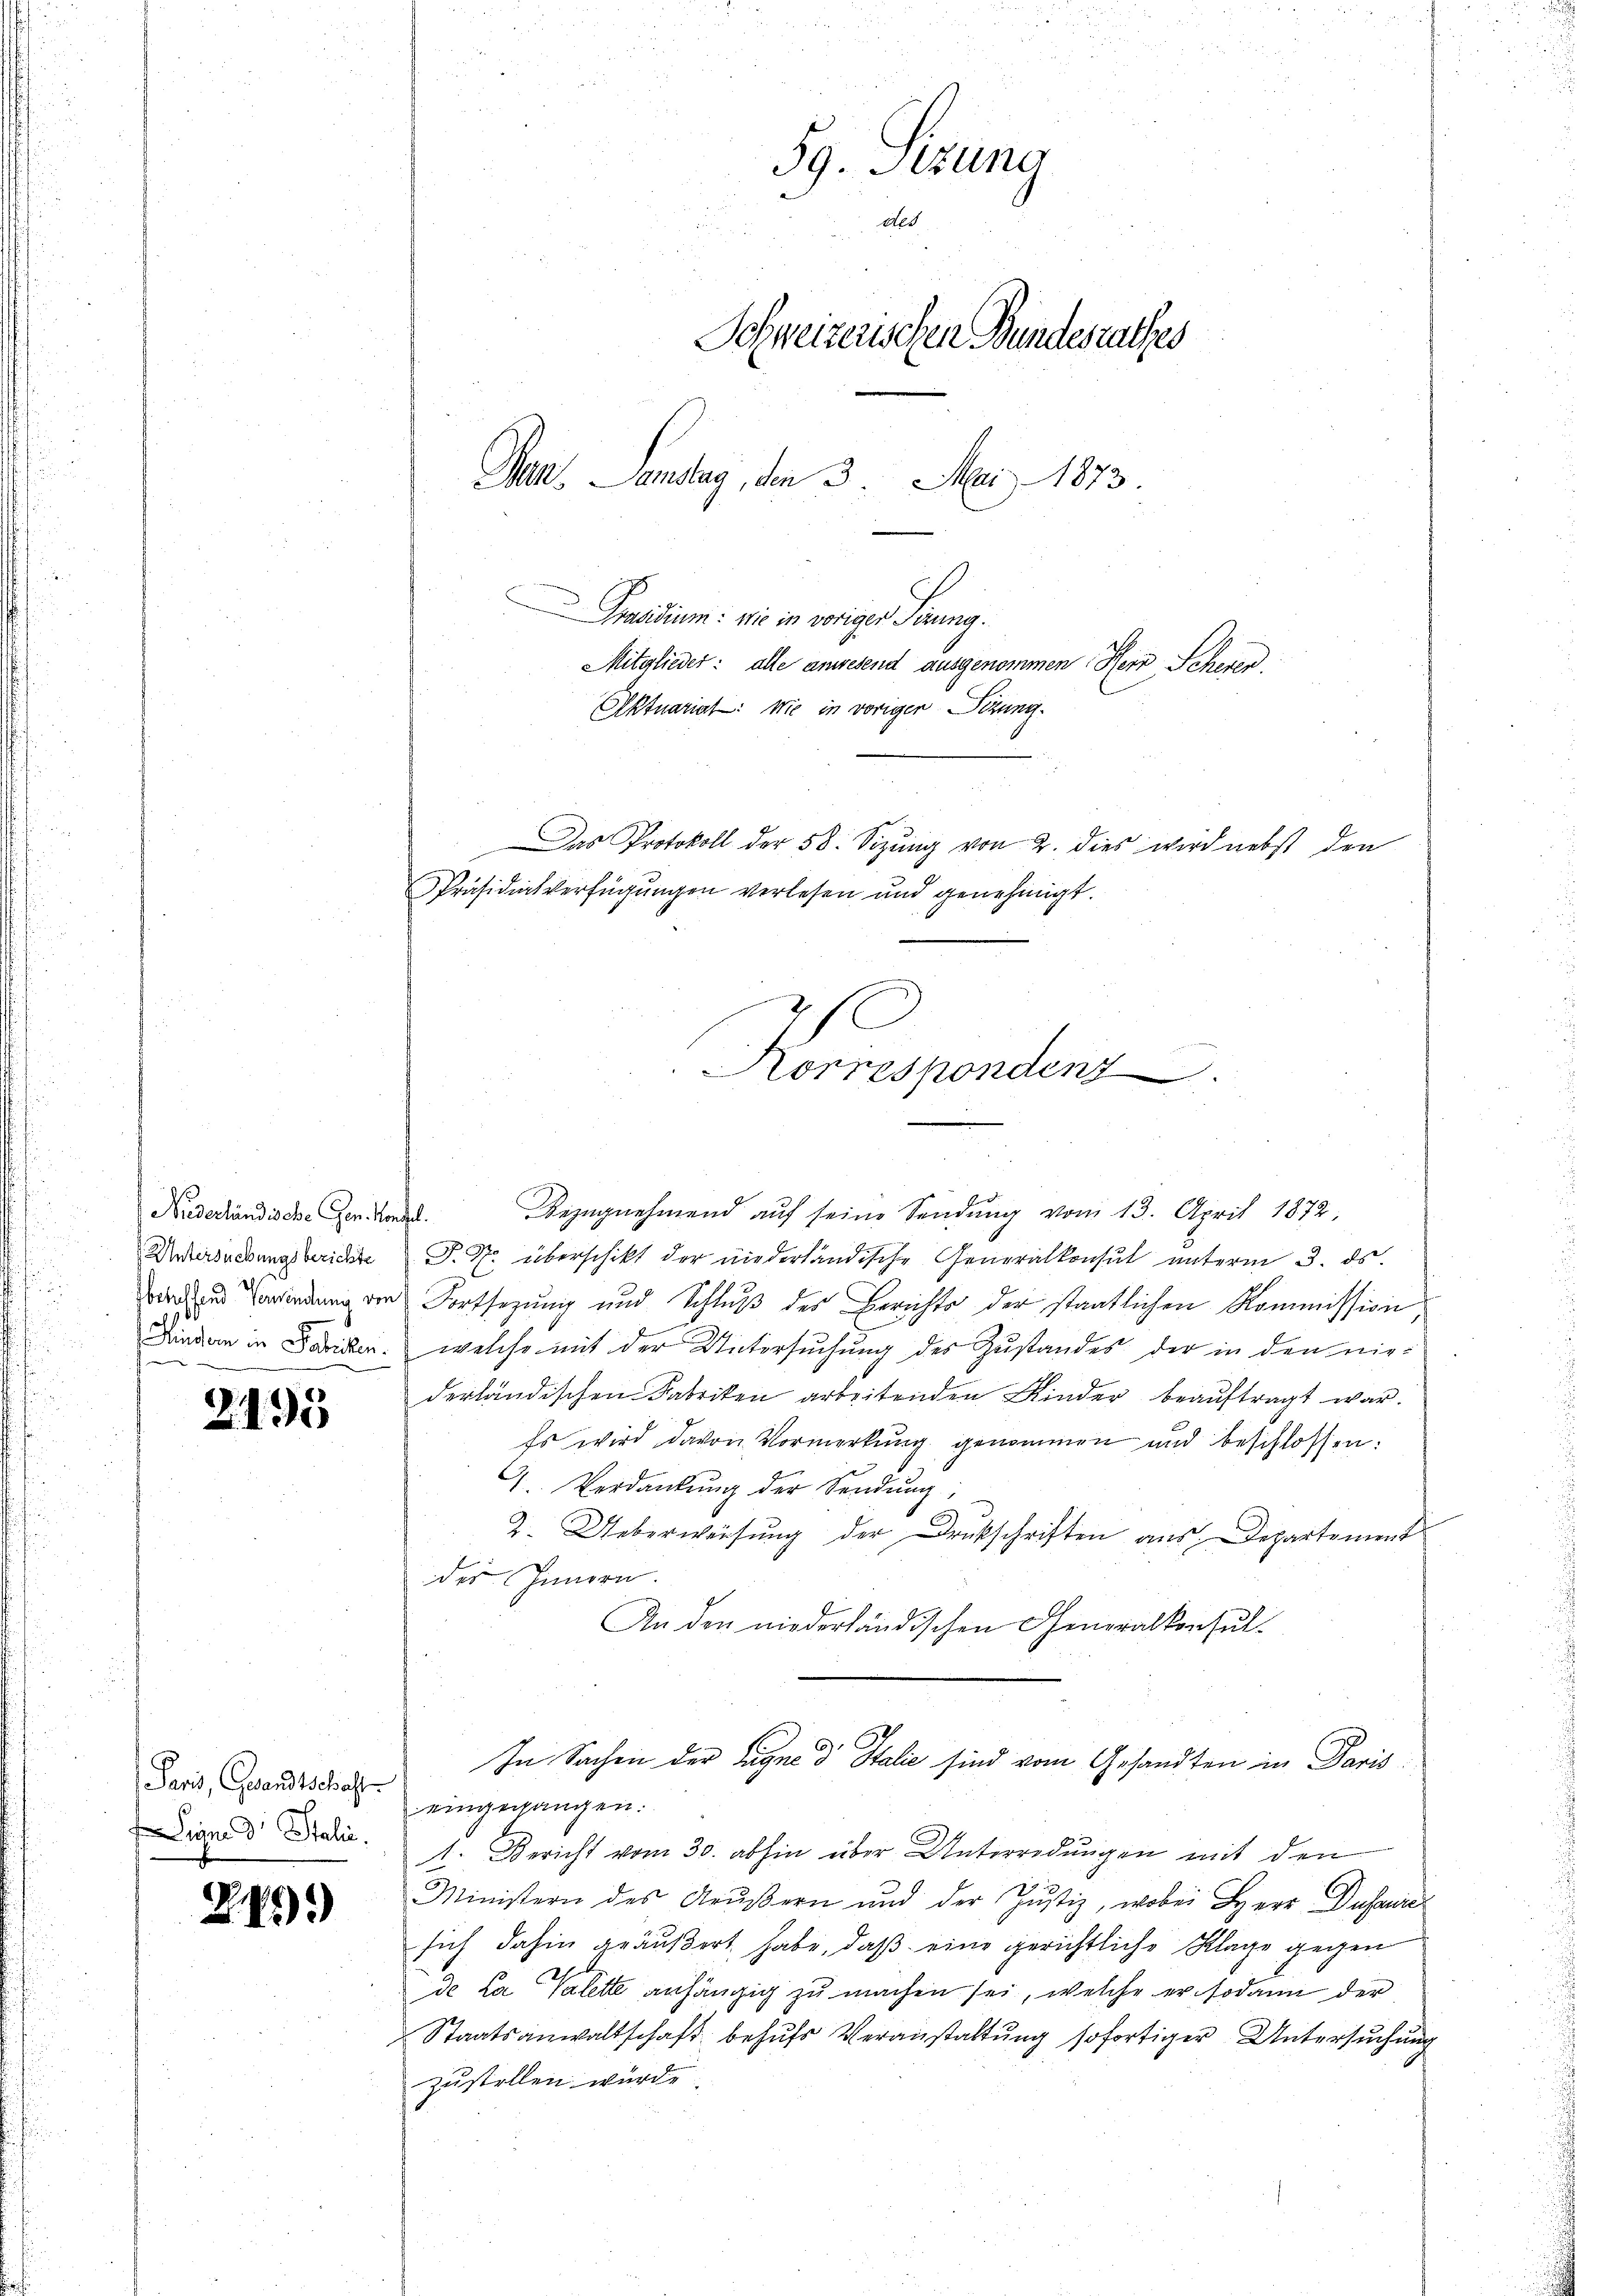
Niderländische Gen. Konfel.

2195

Signe d. Stalić.

245)*)

59. Sitzung
des
Schweizerischen Bundesrathes
Jan, Landtag, den 3 Mai 1873.

Das Protokoll der 58. Sizung von 2. dies wird nebst den
Präsidialverfügungen verlesen und genehmigt.
Korrespondenz

Praesidium: wie in voriger Sirung.
Mitglieder: alle anwesend ausgenommen. Herr Scheren.
Aktuariat: wie in vorigen Sizung.

Bezugnehmend auf seine Sendung vom 13. April 1872,
Untersuchungsberichte P. Nr. überschikt der niederländische Generalkonsul unterm 3. ds.
worden wirdung der Fortsezung und Schluß der Berichts der staatlichen Kommission,
inden in Fabricken, welche mit der Untersuchung des Zustandes der in den niederländischen Fabriken arbeitenden Kinder beaŭftragt war.
Es wird davon Vormerkung genommen und beschlossen:
I. Verdankung der Sendung,
2. Ueberweisŭng der Drukschriften aŭs Departement
des Innern.
An den niederländischen Generalkonsul-
In Sachen der Lagne d Italie sind vom Gesandten in Paris
Paris, Gesandtschaft eingegangen.
1. Bericht vom 30. abhin über Unterredungen mit den
Ministern des Aeußern und der Justiz, wobei Herr Dusaure
sich dahin geäußert habe, daß eine gerichtliche Klage gegen
de la Valette anhängig zu machen sei, welche er sodann der
Staatsanwaltschaft behŭfs Veranstaltung sofortiger Untersuchung
zustellen würde.